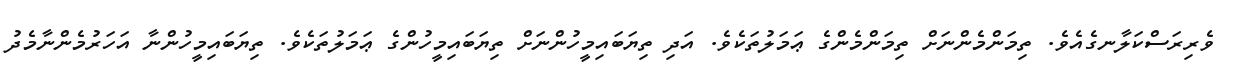
ވެރިރަސްކަލާނގެއެވެ. ތިމަންމެންނަށް ތިމަންމެންގެ ޢަމަލުތަކެވެ. އަދި ތިޔަބައިމީހުންނަށް ތިޔަބައިމީހުންގެ ޢަމަލުތަކެވެ. ތިޔަބައިމީހުންނާ އަހަރުމެންނާމެދު